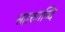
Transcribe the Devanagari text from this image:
सहरुााब्दि